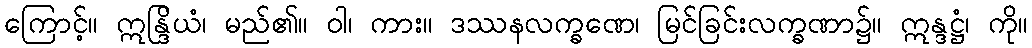
ကြောင့်။ ဣန္ဒြိယံ၊ မည်၏။ ဝါ၊ ကား။ ဒဿနလက္ခဏေ၊ မြင်ခြင်းလက္ခဏာ၌။ ဣန္ဒဋ္ဌံ၊ ကို။